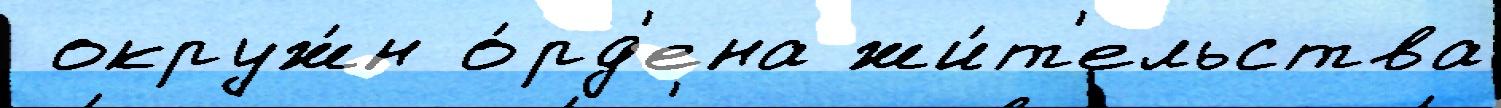
 окруж́н о́рд'ена жи́т'ельства